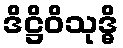
ဒိဋ္ဌိဝိသုဒ္ဓိ